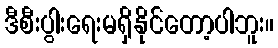
ဒီစီးပွါးရေးမရှိနိုင်တော့ပါဘူး။